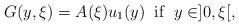
LaTeX: \begin{align*}G(y,\xi)=A(\xi)u_{1}(y) \; \; {\rm if} \; \; y \in ]0,\xi[,\end{align*}